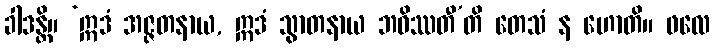
ခါဒန္တိ။ ‘ဣဒံ အဇ္ဇတနာယ, ဣဒံ သွာတနာယ ဘဝိဿတီ’တိ တေသံ န ဟောတိ။ ဖလေ